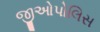
જીઓપોલિસ